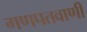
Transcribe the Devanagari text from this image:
गणपतवाणी